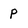
Character: P